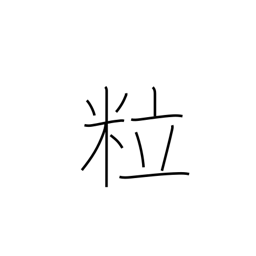
Meaning: grains